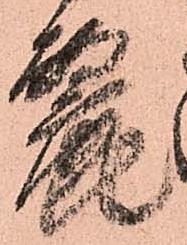
麗